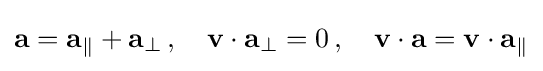
\mathbf {a} =\mathbf {a} _{\parallel }+\mathbf {a} _{\perp }\,,\quad \mathbf {v} \cdot \mathbf {a} _{\perp }=0\,,\quad \mathbf {v} \cdot \mathbf {a} =\mathbf {v} \cdot \mathbf {a} _{\parallel }